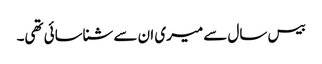
بیس سال سے میری ان سے شناسائی تھی۔